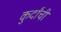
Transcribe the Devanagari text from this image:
कुर्दांची